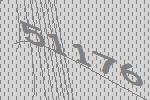
51176